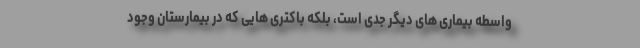
واسطه بیماری های دیگر جدی است، بلکه باکتری هایی که در بیمارستان وجود